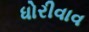
ધોરીવાવ